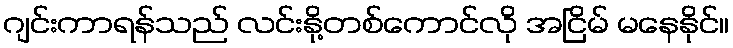
ဂျင်းကာရန်သည် လင်းနို့တစ်ကောင်လို အငြိမ် မနေနိုင်။